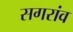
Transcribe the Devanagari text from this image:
सगरांव